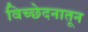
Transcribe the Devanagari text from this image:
विच्छेदनातून